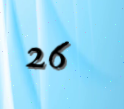
26